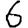
Digit: 6